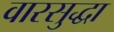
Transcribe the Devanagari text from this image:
वारसुद्धा